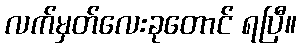
လက်မှတ်လေးခုတောင် ရပြီ။